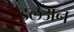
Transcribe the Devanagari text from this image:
इलेअन